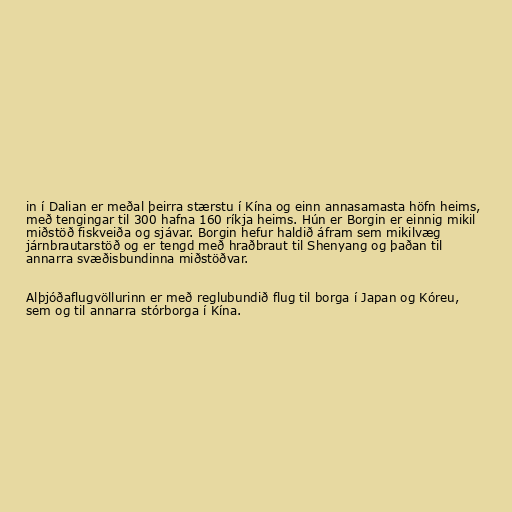
in í Dalian er meðal þeirra stærstu í Kína og einn annasamasta höfn heims,
með tengingar til 300 hafna 160 ríkja heims. Hún er Borgin er einnig mikil
miðstöð fiskveiða og sjávar. Borgin hefur haldið áfram sem mikilvæg
járnbrautarstöð og er tengd með hraðbraut til Shenyang og þaðan til
annarra svæðisbundinna miðstöðvar.

Alþjóðaflugvöllurinn er með reglubundið flug til borga í Japan og Kóreu,
sem og til annarra stórborga í Kína.